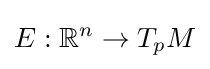
E:\mathbb {R} ^{n}\rightarrow T_{p}M